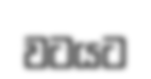
වටයට